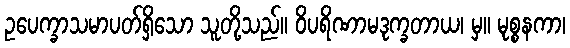
ဥပေက္ခာသမာပတ်ရှိသော သူတို့သည်။ ဝိပရိဏာမဒုက္ခတာယ၊ မှ။ မုစ္စနကာ၊